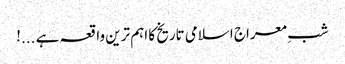
شبِ معراج اسلامی تاریخ کا اہم ترین واقعہ ہے ...!